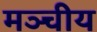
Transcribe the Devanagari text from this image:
मञ्चीय